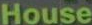
House